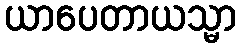
ယာပေတာယသ္မာ